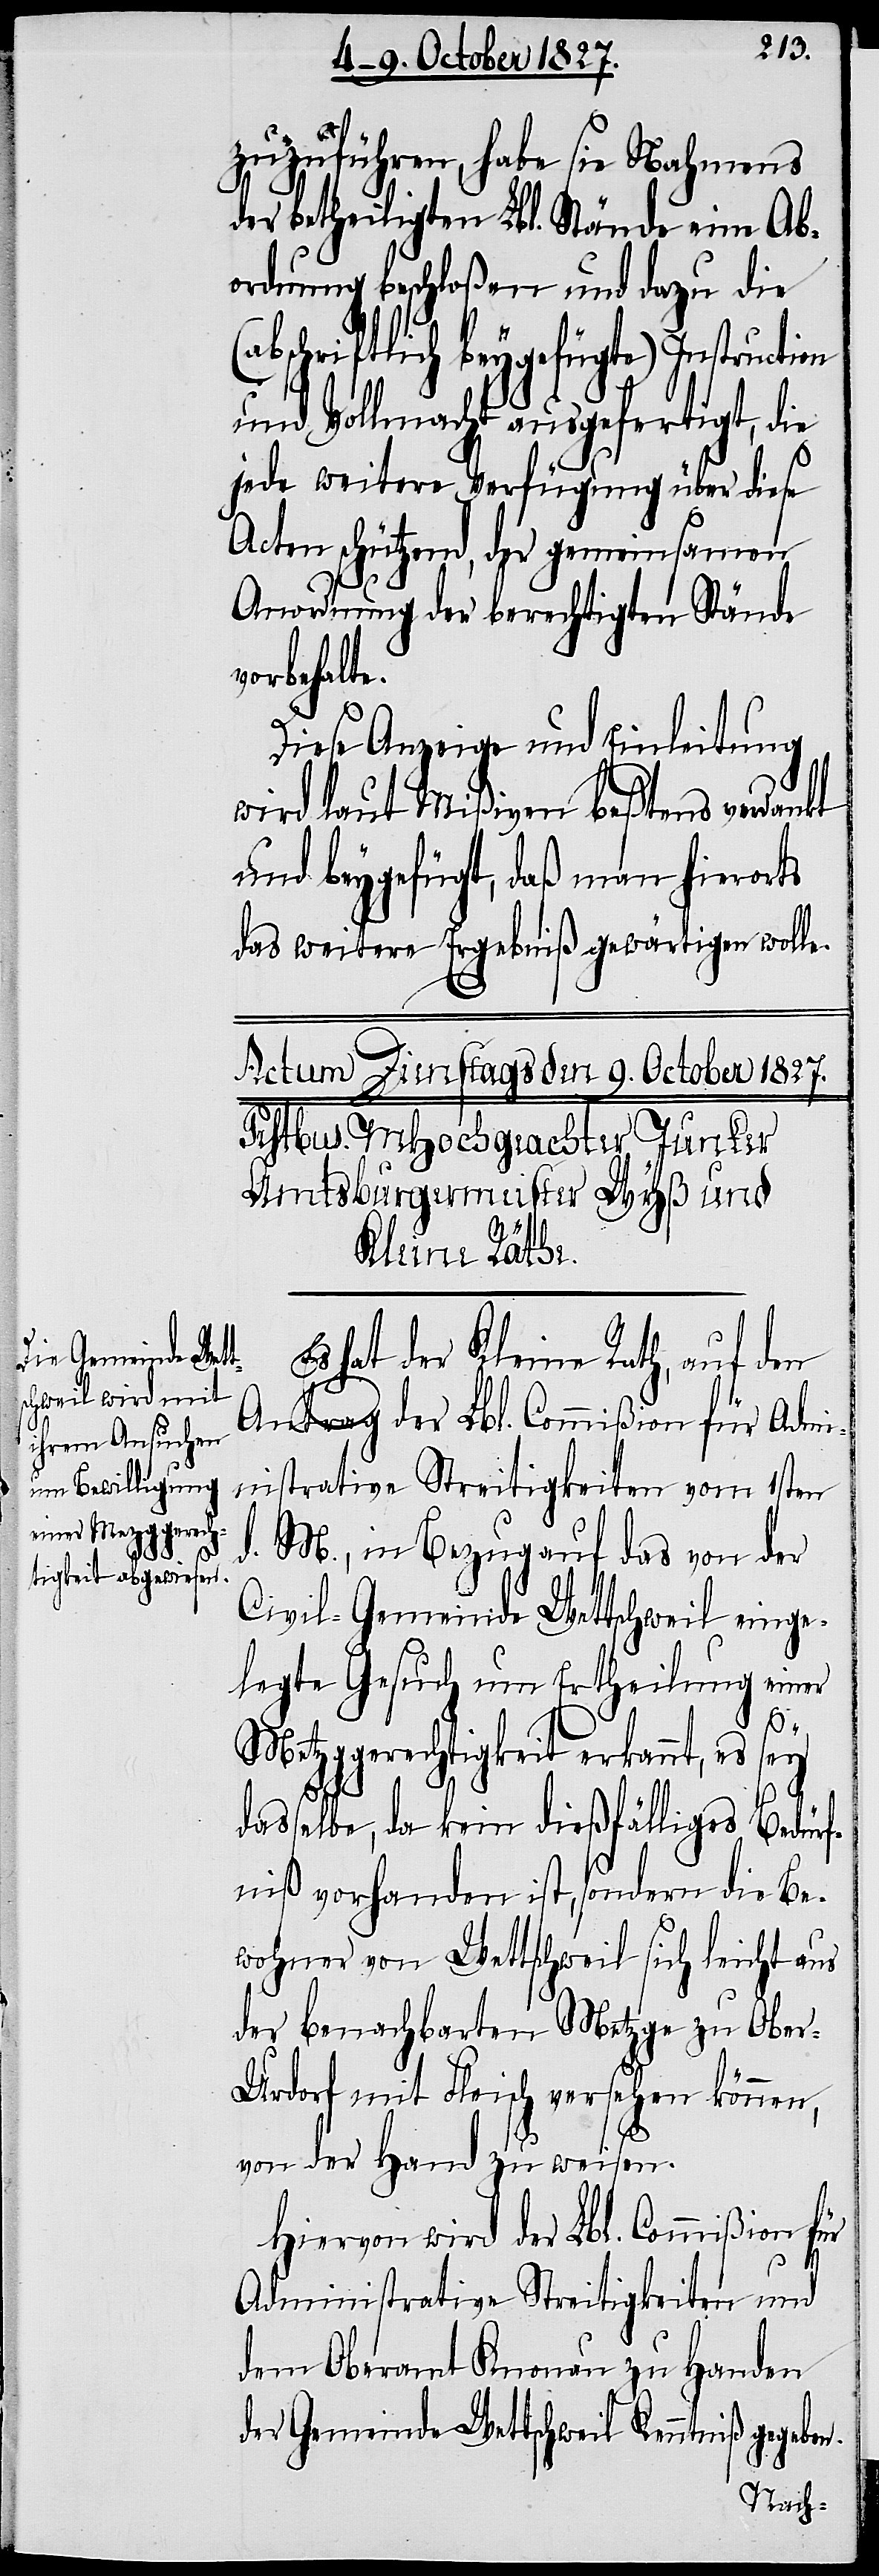
zuzuführen, habe sie Nahmens
der betheiligten Lbl. Stände eine Ab¬
ordnung beschloßen und dazu die
(abschriftlich beygefügte) Instruction
und Vollmacht ausgefertigt, die
jede weitere Verfügung über diese
Acten schützend, der gemeinsamen
Anordnung der berechtigten Stände
vorbehalte.
Diese Anzeige und Einleitung
wird laut Mißiven beßtens verdankt
und beygefügt, daß man hierorts
das weitere Ergebniß gewärtigen wolle.
Es hat der Kleine Rath, auf den
Antrag der Lbl. Commißion für Admi¬
nistrative Streitigkeiten vom 1sten
d. M., in Bezug auf das von der
Civil-Gemeinde Wettschweil einge¬
legte Gesuch um Ertheilung einer
Metzggerechtigkeit erkannt, es
dasselbe, da kein dießfälliges Bedürf¬
niß vorhanden ist, sondern die Be¬
wohner von Wettschweil sich leicht aus
der benachbarten Metzge zu Obe¬
r-Urdorf mit Fleisch versehen können,
von der Hand zu weisen.
Hiervon wird der Lbl. Commißion für
Administrative Streitigkeiten und
dem Oberamt Knonau zu Handen
der Gemeinde Wettschweil Kenntniß gegeben.